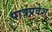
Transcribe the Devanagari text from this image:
पात्रप्रवेश